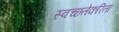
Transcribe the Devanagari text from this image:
स्वच्छतेकरिता